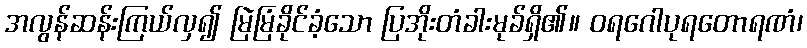
အလွန်ဆန်းကြယ်လှ၍ မြဲမြံခိုင်ခံ့သော ပြအိုးတံခါးမုခ်ရှိ၏။ ဝရဂေါပုရတောရဏံ၊